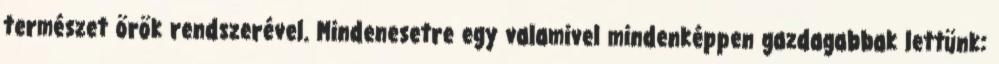
természet örök rendszerével. Mindenesetre egy valamivel mindenképpen gazdagabbak lettünk: